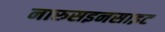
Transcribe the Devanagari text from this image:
नारुसइनसाइट